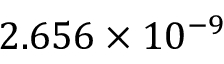
2 . 6 5 6 \times 1 0 ^ { - 9 }